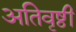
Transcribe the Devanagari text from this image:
अतिवृष्ठी